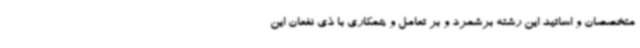
متخصصان و اساتید این رشته برشمرد و بر تعامل و همکاری با ذی نفعان این